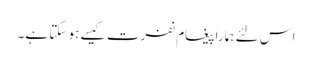
اس لئے ہمارا پیغام نفرت کیسے ہو سکتا ہے۔